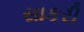
સાકરી